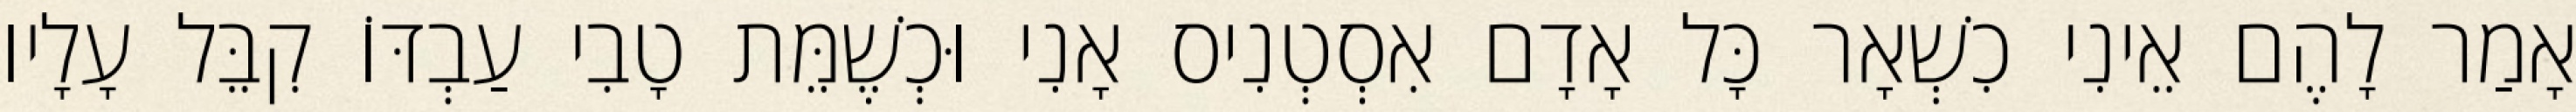
אָמַר לָהֶם אֵינִי כִשְׁאָר כָּל אָדָם אִסְטְנִיס אָנִי וּכְשֶׁמֵּת טָבִי עַבְדּוֹ קִבֵּל עָלָיו